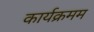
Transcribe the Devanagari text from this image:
कार्यक्रमम